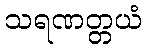
သရဏတ္တယံ